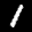
Label: 1